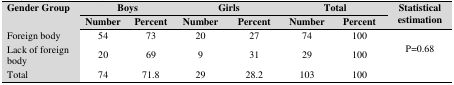
<table><thead><tr><td rowspan="2"><b>Gender Group </b></td><td colspan="2"><b>Boys</b></td><td colspan="2"><b>Girls</b></td><td colspan="2"><b>Total</b></td><td rowspan="2"><b>Statistical estimation </b></td></tr><tr><td><b>Number</b></td><td><b>Percent</b></td><td><b>Number</b></td><td><b>Percent</b></td><td><b>Number</b></td><td><b>Percent</b></td></tr></thead><tbody><tr><td>Foreign body </td><td>54</td><td>73</td><td>20</td><td>27</td><td>74</td><td>100</td><td rowspan="3">P=0.68</td></tr><tr><td>Lack of foreign body</td><td>20</td><td>69</td><td>9</td><td>31</td><td>29</td><td>100</td></tr><tr><td>Total </td><td>74</td><td>71.8</td><td>29</td><td>28.2</td><td>103</td><td>100</td></tr></tbody></table>